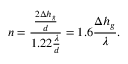
n = \frac { \frac { 2 \Delta h _ { g } } { d } } { 1 . 2 2 \frac { \lambda } { d } } = 1 . 6 \frac { \Delta h _ { g } } { \lambda } .